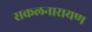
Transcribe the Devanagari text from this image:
सकलनारायण